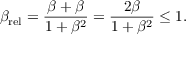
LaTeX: \beta _ { \mathrm { r e l } } = { \frac { \beta + \beta } { 1 + \beta ^ { 2 } } } = { \frac { 2 \beta } { 1 + \beta ^ { 2 } } } \leq 1 .